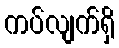
ကပ်လျက်ရှိ